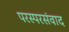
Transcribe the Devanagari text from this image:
परस्परसंवाद